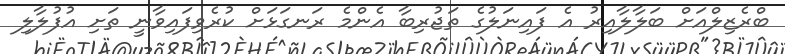
ބްރެޒިލްއަށް ބަލާލާއިރު އެ ފައިނަލުގެ ތަޖުރިބާ އެންމެ ރަނގަޅަށް ކުރެވިފައިވާނީ ތަށި އުފުލާލި